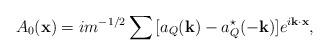
LaTeX: \begin{align*}A_0({\bf x}) = im^{-1/2}\sum{}[a_Q({\bf k}) - a^\star_Q(-{\bf k})]e^{i{\bf k \cdot x}},\end{align*}